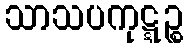
သာသပကုဋ္ဋဉ္စ